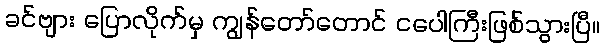
ခင်ဗျား ပြောလိုက်မှ ကျွန်တော်တောင် ငပေါကြီးဖြစ်သွားပြီ။